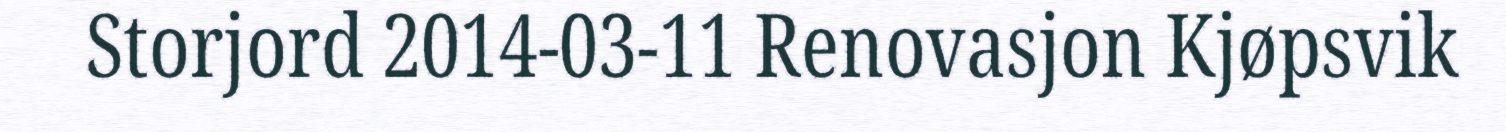
Storjord 2014-03-11 Renovasjon Kjøpsvik